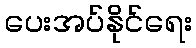
ပေးအပ်နိုင်ရေး